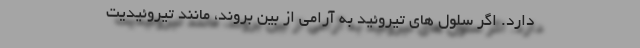
دارد. اگر سلول های تیروئید به آرامی از بین بروند، مانند تیروئیدیت